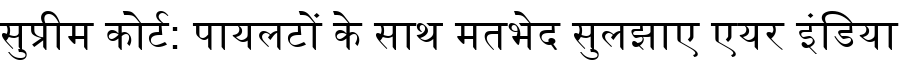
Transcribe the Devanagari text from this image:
सुप्रीम कोर्ट: पायलटों के साथ मतभेद सुलझाए एयर इंडिया